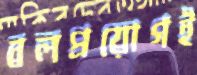
বলপ্রয়োগই